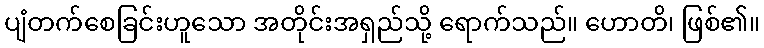
ပျံတက်စေခြင်းဟူသော အတိုင်းအရှည်သို့ ရောက်သည်။ ဟောတိ၊ ဖြစ်၏။